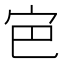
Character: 𭓡